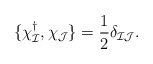
\begin{align*}\{\chi^\dagger_{\cal I},\chi_{\cal J} \}= {1\over 2} \delta_{{\cal I}{ \cal J}}.\end{align*}